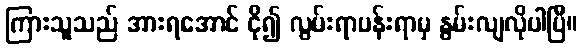
ကြားသူသည် အားရအောင် ငို၍ လွမ်းရာပန်းရာမှ နွမ်းလျလိုပါပြီ။